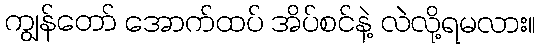
ကျွန်တော် အောက်ထပ် အိပ်စင်နဲ့ လဲလို့ရမလား။